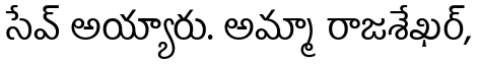
సేవ్ అయ్యారు. అమ్మా రాజశేఖర్,